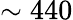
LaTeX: \sim 440